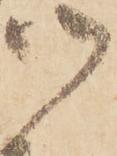
御